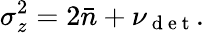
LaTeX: \sigma_{z}^{2}=2\bar{n}+\nu_{\mathrm{~d~e~t~}}.